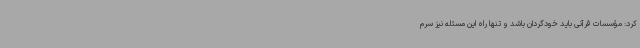
کرد: مؤسسات قرآنی باید خودگردان باشد و تنها راه این مسئله نیز سرم